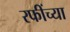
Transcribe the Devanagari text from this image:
रफींच्या